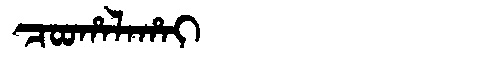
Manchu: ᠴᠣᠣᡥᠠᠯᠠᡥᠠᡳ
Romanization: COOHALAHAI